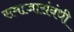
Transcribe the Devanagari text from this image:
समाजासंबंधी